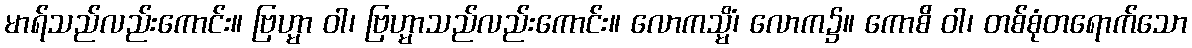
မာရ်သည်လည်းကောင်း။ ဗြဟ္မာ ဝါ၊ ဗြဟ္မာသည်လည်းကောင်း။ လောကသ္မိံ၊ လောက၌။ ကောစိ ဝါ၊ တစ်စုံတရောက်သော